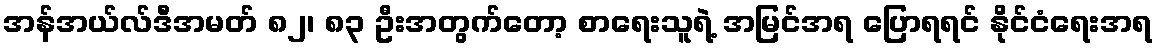
အန်အယ်လ်ဒီအမတ် ၈၂၊ ၈၃ ဦးအတွက်တော့ စာရေးသူရဲ့ အမြင်အရ ပြောရရင် နိုင်ငံရေးအရ